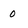
Character: 0